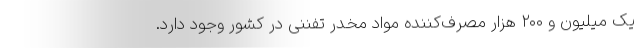
یک میلیون و ۲۰۰ هزار مصرف‌کننده مواد مخدر تفننی در کشور وجود دارد.